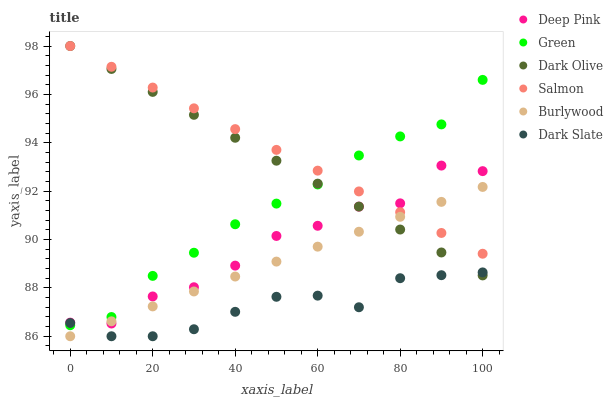
| xaxis_label | Deep Pink | Green | Dark Olive | Salmon | Burlywood | Dark Slate |
 | --- | --- | --- | --- | --- | --- | --- |
 | 0 | 86.6 | 86.5 | 98 | 98 | 86 | 86.5 |
 | 10 | 86.5 | 86.8 | 97.1 | 97.1 | 86.6 | 86 |
 | 20 | 87.6 | 88.5 | 96.1 | 96.3 | 87.2 | 86 |
 | 30 | 88 | 89.5 | 95.2 | 95.4 | 87.9 | 86.3 |
 | 40 | 88.9 | 90.6 | 94.2 | 94.6 | 88.5 | 87 |
 | 50 | 90.1 | 91.5 | 93.3 | 93.7 | 89.1 | 87.6 |
 | 60 | 90.6 | 92.3 | 92.3 | 92.8 | 89.7 | 87.7 |
 | 70 | 91.4 | 93.5 | 91.4 | 92 | 90.3 | 87.2 |
 | 80 | 91.5 | 94.3 | 90.4 | 91.1 | 90.9 | 88.4 |
 | 90 | 93.1 | 94.8 | 89.5 | 90.3 | 91.6 | 88.5 |
 | 100 | 92.8 | 96.6 | 88.5 | 89.4 | 92.2 | 88.6 |